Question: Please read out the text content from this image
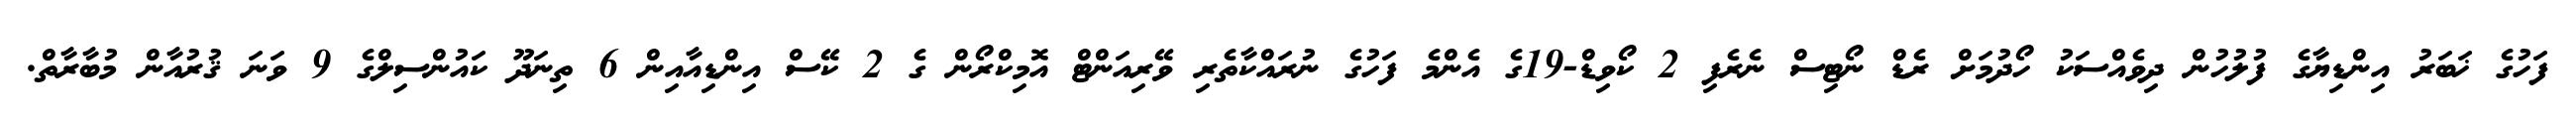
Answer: ފަހުގެ ޚަބަރު އިންޑިޔާގެ ފުލުހުން ދިވެއްސަކު ހޯދުމަށް ރެޑް ނޯޓިސް ނެރެފި 2 ކޯވިޑް-19ގެ އެންމެ ފަހުގެ ނުރައްކާތެރި ވޭރިއަންޓް އޮމިކްރޯން ގެ 2 ކޭސް އިންޑިއާއިން 6 ތިނަދޫ ކައުންސިލްގެ 9 ވަނަ ޤުރުއާން މުބާރާތް.